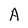
Character: A